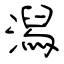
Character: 潟